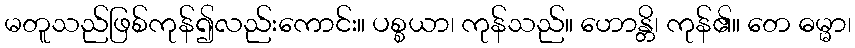
မတူသည်ဖြစ်ကုန်၍လည်းကောင်း။ ပစ္စယာ၊ ကုန်သည်။ ဟောန္တိ၊ ကုန်၏။ တေ ဓမ္မာ၊